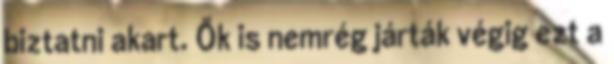
biztatni akart. Ők is nemrég járták végig ezt a